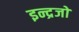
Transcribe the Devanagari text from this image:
इन्द्रजो